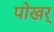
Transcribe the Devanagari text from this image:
पोखर्